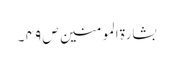
بشارۃ المومنین ص ۴۹ ۔